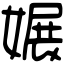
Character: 㜊